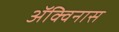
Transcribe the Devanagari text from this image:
ॲक्विनास